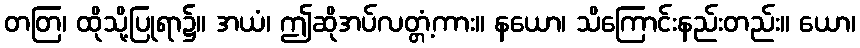
တတြ၊ ထိုသို့ပြုရာ၌။ အယံ၊ ဤဆိုအပ်လတ္တံ့ကား။ နယော၊ သိကြောင်းနည်းတည်း။ ယော၊